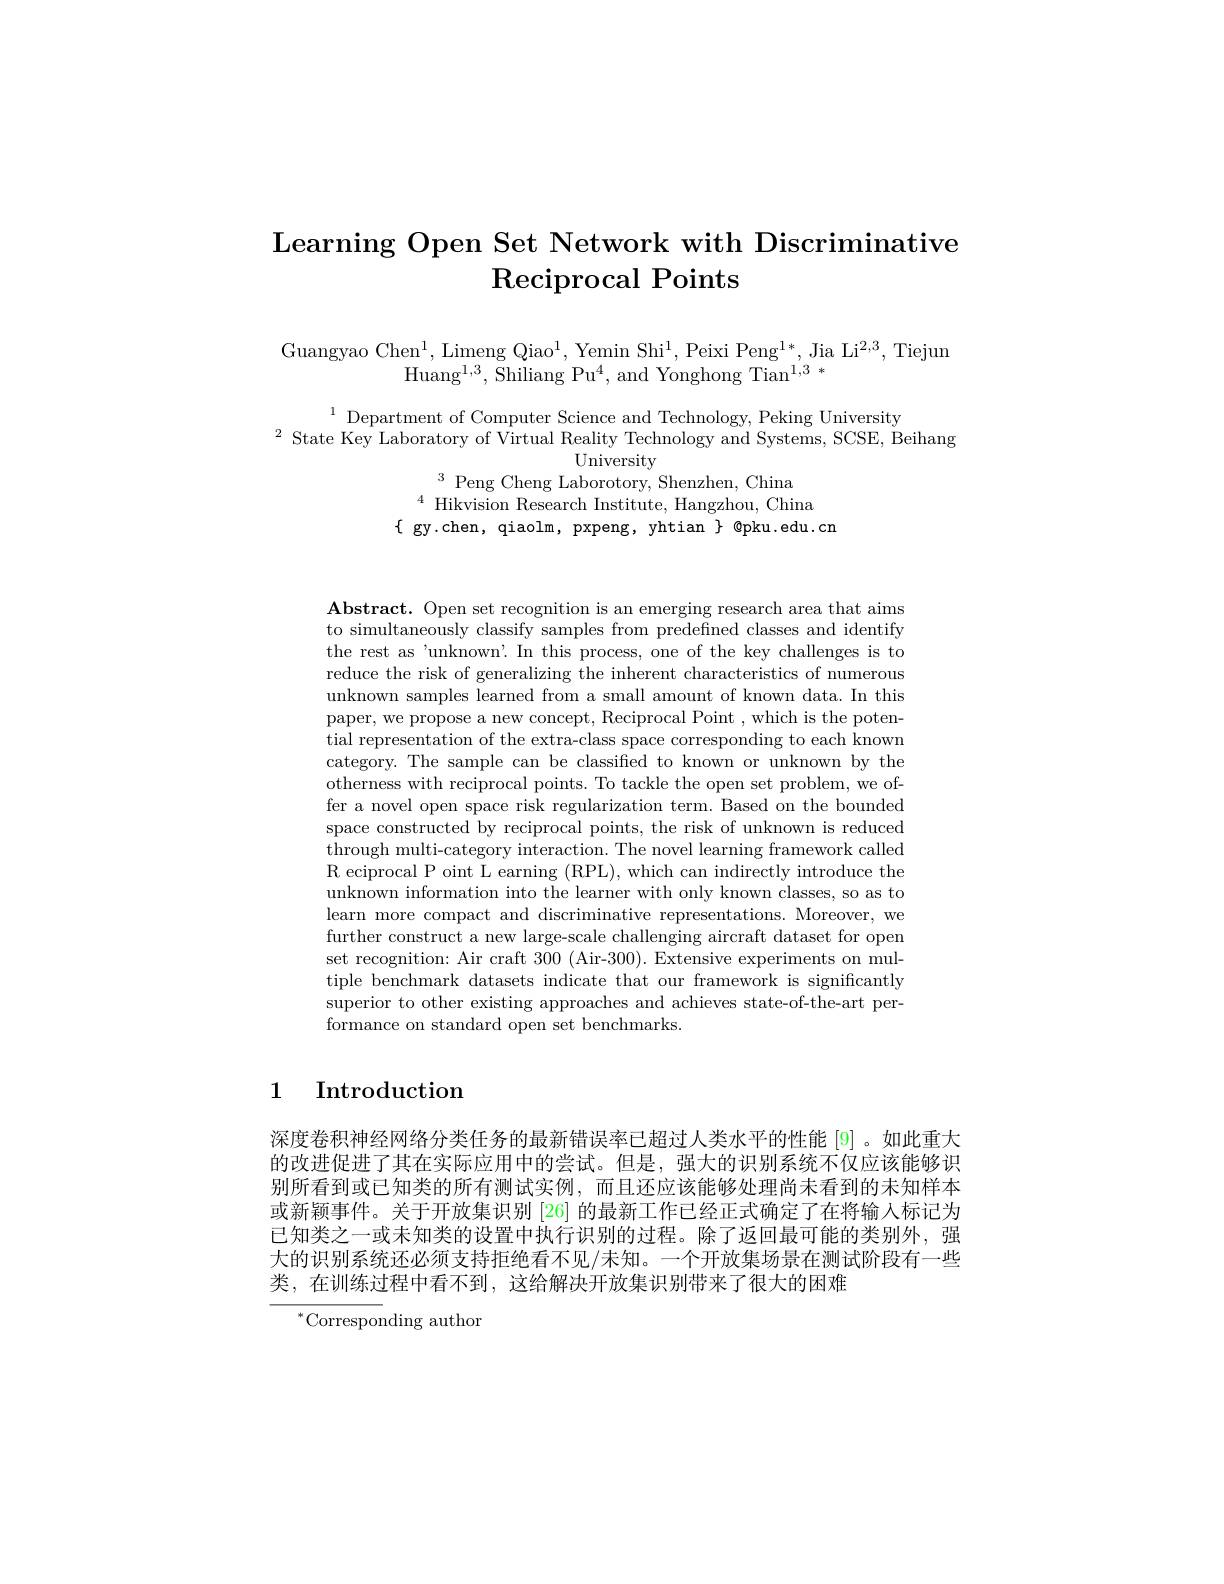
# $\textbf{Learning Open Set Network with Discriminative}$ $\operatorname{Reciprocal}$ Points

Guangyao Chen$^1$,Limeng Qiao$^1$,Yemin Shi$^1$,Peixi Peng$^1*$,Jia Li$^2,3$,Tiejun
Huan$g^{1, 3}$, Shiliang P$u^{4}$, and Yonghong Tia$n^{1, 3}$*

$^{1}$ Department of Computer Science and Technology, Peking University
$^{2}$ State Key Laboratory of Virtual Reality Technology and Systems, SCSE, Beihang
University
$^{3}$ Peng Cheng Laborotory, Shenzhen, China
$^{4}\bar{\text{ Hikvision Research Institute, Hangzhou, China}}$
$\{$ gy.chen, qiaolm, pxpeng, yhtian $\}$ @pku.edu.cn

$\mathbf{Abstract.~Open~set~recognition~is~an~emerging~research~area~that~aims}$ to simultaneously classify samples from predefined classes and identify the rest as 'unknown'. In this process, one of the key challenges is to reduce the risk of generalizing the inherent characteristics of numerous unknown samples learned from a small amount of known data. In this paper, we propose a new concept, Reciprocal Point , which is the potential representation of the extra-class space corresponding to each known category. The sample can be classified to known or unknown by the otherness with reciprocal points. To tackle the open set problem, we offer a novel open space risk regularization term. Based on the bounded space constructed by reciprocal points, the risk of unknown is reduced through multi-category interaction. The novel learning framework called R eciprocal P oint L earning (RPL),which can indirectly introduce the unknown information into the learner with only known classes, so as to learn more compact and discriminative representations. Moreover, we further construct a new large-scale challenging aircraft dataset for open set recognition: Air craft 300 (Air-300). Extensive experiments on multiple benchmark datasets indicate that our framework is significantly superior to other existing approaches and achieves state-of-the-art performance on standard open set benchmarks.

1 Introduction

深度卷积神经网络分类任务的最新错误率已超过人类水平的性能 [9] 。如此重大的改进促进了其在实际应用中的尝试。但是，强大的识别系统不仅应该能够识别所看到或已知类的所有测试实例，而且还应该能够处理尚未看到的未知样本或新颖事件。关于开放集识别 [26] 的最新工作已经正式确定了在将输入标记为已知类之一或未知类的设置中执行识别的过程。除了返回最可能的类别外，强大的识别系统还必须支持拒绝看不见/未知。一个开放集场景在测试阶段有一些类，在训练过程中看不到，这给解决开放集识别带来了很大的困难

$^{*}$Corresponding author